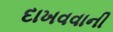
દાખવવાની